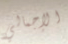
الإجمالي